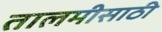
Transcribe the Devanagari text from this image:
तालमीसाठी